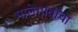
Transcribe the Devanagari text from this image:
मालेगावाचा